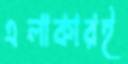
এলাকারই